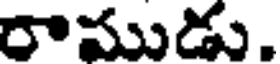
రాముడు.